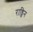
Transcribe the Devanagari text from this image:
राड्विन